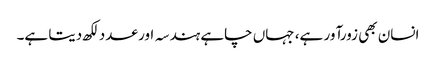
انسان بھی زورآور ہے، جہاں چاہے ہندسہ اور عدد لکھ دیتا ہے۔